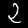
Label: 2